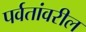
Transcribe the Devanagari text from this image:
पर्वतांवरील